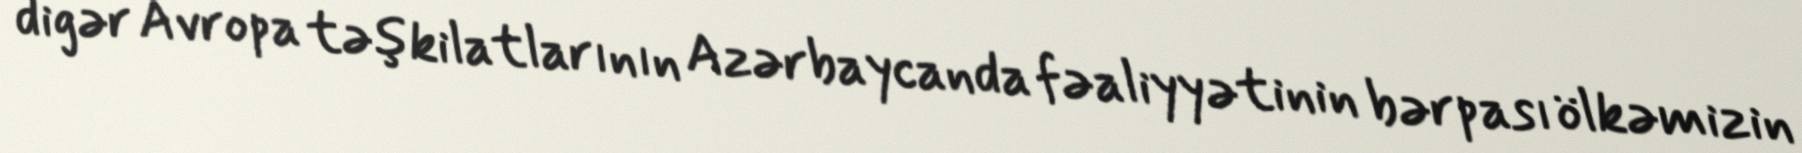
digər Avropa təşkilatlarının Azərbaycanda fəaliyyətinin bərpası ölkəmizin